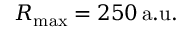
R _ { \operatorname* { m a x } } = 2 5 0 \, \mathrm { a . u . }